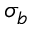
\sigma _ { b }